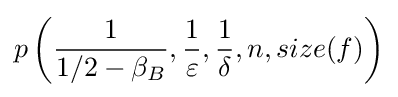
p\left({\frac {1}{1/2-\beta _{B}}},{\frac {1}{\varepsilon }},{\frac {1}{\delta }},n,size(f)\right)